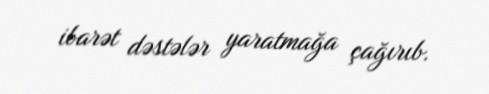
ibarət dəstələr yaratmağa çağırıb.